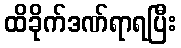
ထိခိုက်ဒဏ်ရာရပြီး